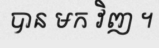
បាន មក វិញ ។